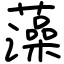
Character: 藻